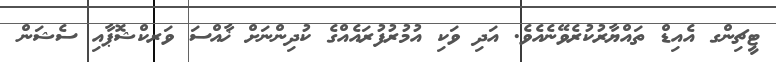
ޓީޗިންގ އެއިޑް ތައްޔާރުކުރެވޭނެއެވެ. އަދި ވަކި އުމުރުފުރައެއްގެ ކުދިންނަށް ޚާއްސަ ވަރކްޝޮޕާއި ސެޝަން